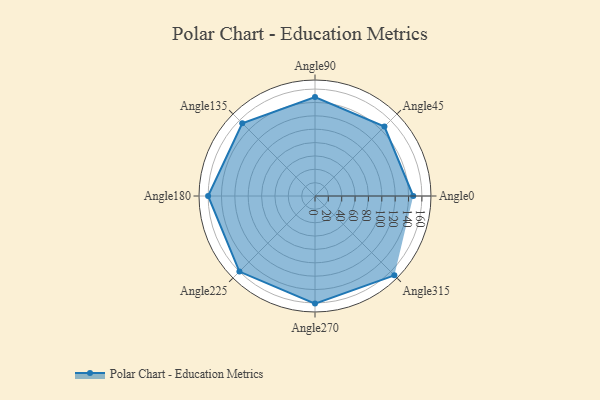
{"axis": {"x": "Angle", "y": "Radius"}, "legend": [""], "data": [{"x": "Angle0", "y": 147.0, "type": ""}, {"x": "Angle45", "y": 147.0, "type": ""}, {"x": "Angle90", "y": 148.0, "type": ""}, {"x": "Angle135", "y": 154.0, "type": ""}, {"x": "Angle180", "y": 160.0, "type": ""}, {"x": "Angle225", "y": 160.0, "type": ""}, {"x": "Angle270", "y": 161.0, "type": ""}, {"x": "Angle315", "y": 168.0, "type": ""}]}